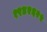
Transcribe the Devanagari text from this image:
१९४२६२५